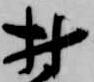
村